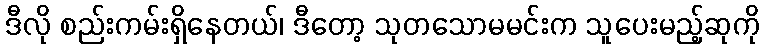
ဒီလို စည်းကမ်းရှိနေတယ်၊ ဒီတော့ သုတသောမမင်းက သူပေးမည့်ဆုကို